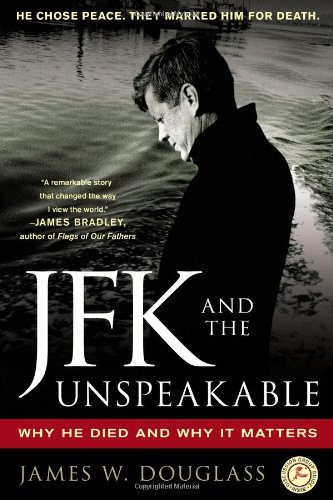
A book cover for JFK and the Unspeakable: Why He Died and Why It Matters; James W. Douglass; Biographies & Memoirs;